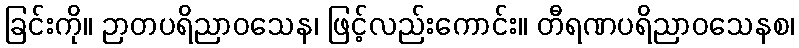
ခြင်းကို။ ဉာတပရိညာဝသေန၊ ဖြင့်လည်းကောင်း။ တီရဏပရိညာဝသေနစ၊